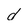
Character: d